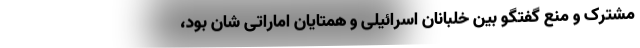
مشترک و منع گفتگو بین خلبانان اسرائیلی و همتایان اماراتی شان بود،